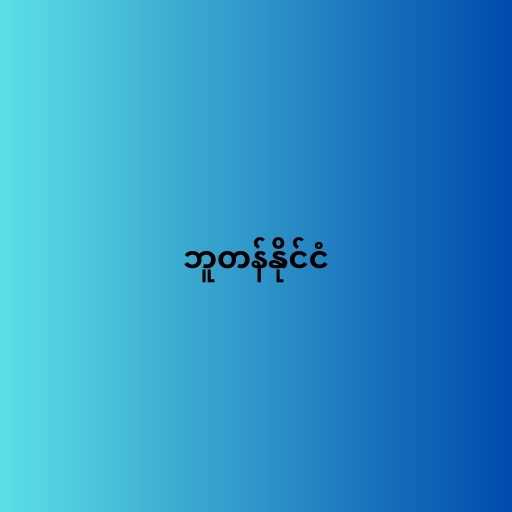
ဘူတန်နိုင်ငံ